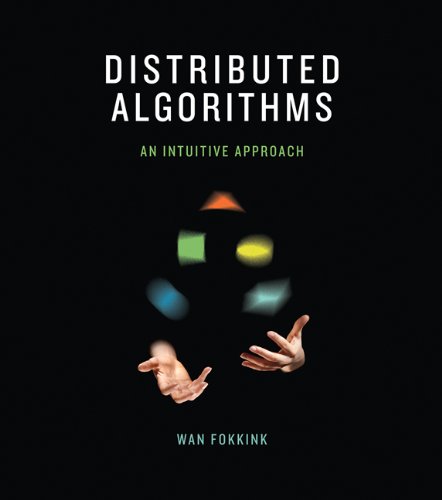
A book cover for Distributed Algorithms: An Intuitive Approach; Wan Fokkink; Computers & Technology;